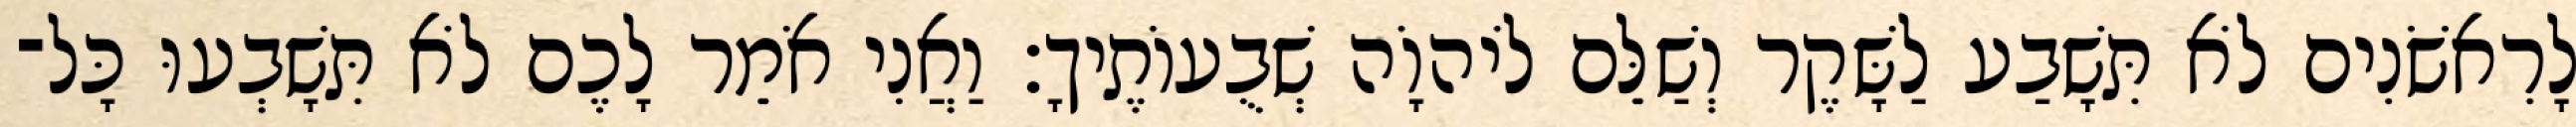
לָרִאשֹׁנִים לֹא תִּשָׁבַע לַשָּׁקֶר וְשַׁלֵּם לֹיהוָֹה שְׁבֻעוֹתֶיךָ׃ וַאֲנִי אֹמֵר לָכֶם לֹא תִּשָׁבְעוּ כָּל־